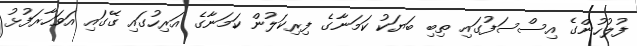
ފުލުހުންގެ އިސްސަފުގައި ތިބި ބަޔަކު ކަމަނާގެ ފިރިކަލުން ކަމަނާގެ އަރިހުގައި ގޭގައި އަވަހާރަފުޅު